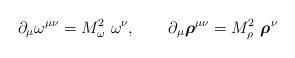
LaTeX: \begin{align*}\partial_\mu \omega^{\mu\nu}= M_\omega^2~\omega^\nu,~~~~~~\partial_\mu \mbox{\boldmath$\rho$}^{\mu\nu}=M_\rho^2~ \mbox{\boldmath$\rho$}^\nu\end{align*}